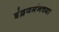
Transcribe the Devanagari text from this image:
इंद्रवर्मनच्या